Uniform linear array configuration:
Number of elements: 12
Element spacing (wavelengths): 1
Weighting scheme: uniform
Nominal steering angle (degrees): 60
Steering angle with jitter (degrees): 60.825
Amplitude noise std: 0.05
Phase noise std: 0.05

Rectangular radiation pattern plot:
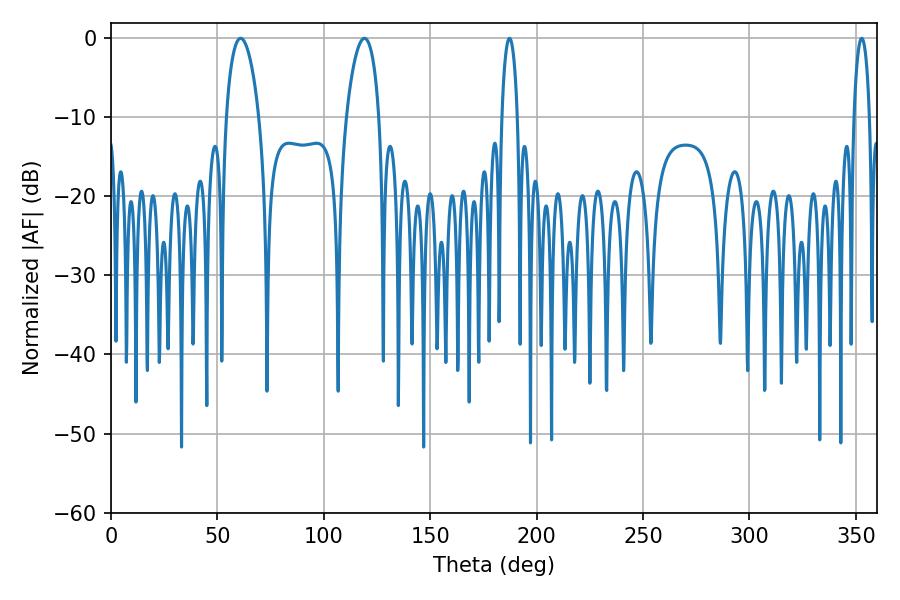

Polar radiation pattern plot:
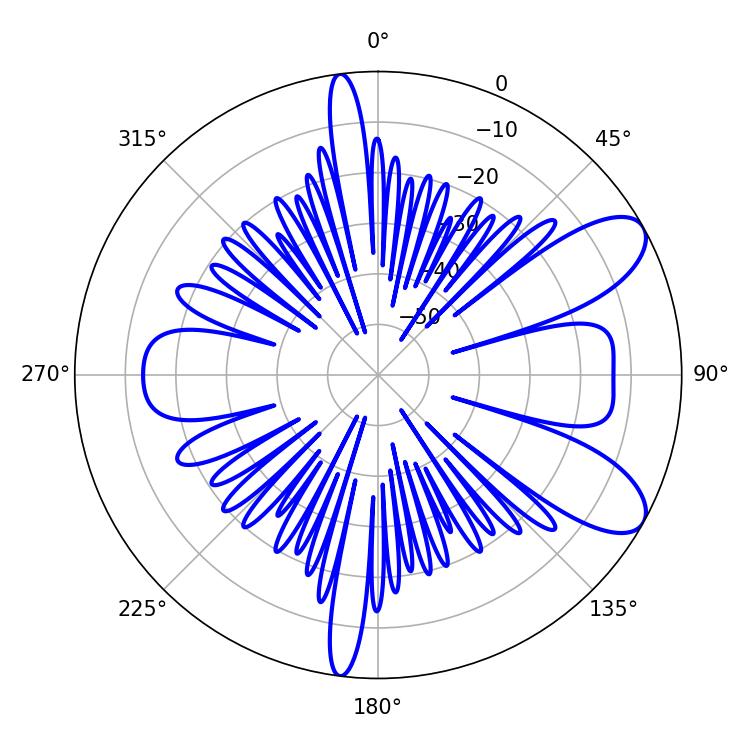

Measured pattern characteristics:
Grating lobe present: TRUE
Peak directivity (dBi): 8.807
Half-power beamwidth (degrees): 8.64
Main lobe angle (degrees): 119.16